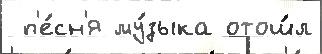
 п'е́сн'я му́зыка отош́л